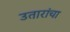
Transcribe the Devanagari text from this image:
उतारांचा